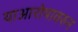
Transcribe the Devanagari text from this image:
याआरोपावरुन